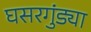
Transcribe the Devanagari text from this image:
घसरगुंड्या